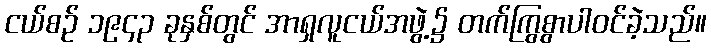
ငယ်စဉ် ၁၉၄၃ ခုနှစ်တွင် အာရှလူငယ်အဖွဲ့၌ တက်ကြွစွာပါဝင်ခဲ့သည်။